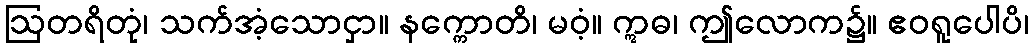
ဩတရိတုံ၊ သက်အံ့သောငှာ။ နက္ကောတိ၊ မဝံ့။ ဣဓ၊ ဤလောက၌။ ဧဝရူပေါပိ၊